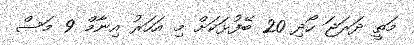
މަތީ ދަރަޖަ ހޯދި 20 ބޭފުޅަކަށް މި އަހަރު އިނާމް 9 މަސް